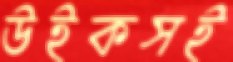
উইকসই